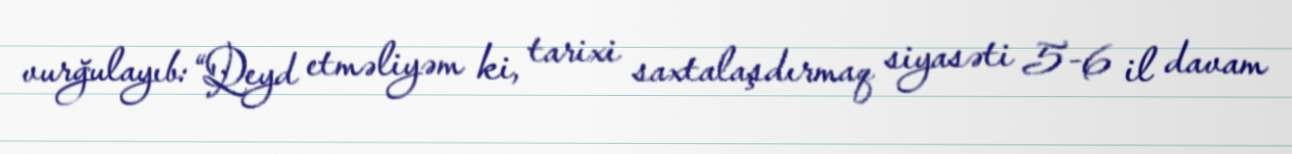
vurğulayıb: “Qeyd etməliyəm ki, tarixi saxtalaşdırmaq siyasəti 5-6 il davam